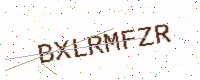
Text: BXLRMFZR